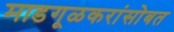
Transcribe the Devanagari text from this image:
माडगूळकरांसोबत